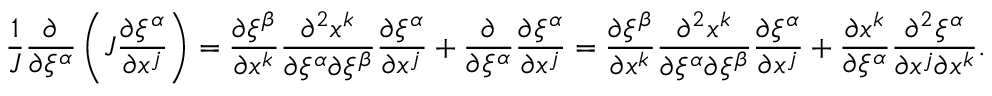
\frac { 1 } { J } \frac { \partial } { \partial \xi ^ { \alpha } } \left( J \frac { \partial \xi ^ { \alpha } } { \partial x ^ { j } } \right) = \frac { \partial \xi ^ { \beta } } { \partial x ^ { k } } \frac { \partial ^ { 2 } x ^ { k } } { \partial \xi ^ { \alpha } \partial \xi ^ { \beta } } \frac { \partial \xi ^ { \alpha } } { \partial x ^ { j } } + \frac { \partial } { \partial \xi ^ { \alpha } } \frac { \partial \xi ^ { \alpha } } { \partial x ^ { j } } = \frac { \partial \xi ^ { \beta } } { \partial x ^ { k } } \frac { \partial ^ { 2 } x ^ { k } } { \partial \xi ^ { \alpha } \partial \xi ^ { \beta } } \frac { \partial \xi ^ { \alpha } } { \partial x ^ { j } } + \frac { \partial x ^ { k } } { \partial \xi ^ { \alpha } } \frac { \partial ^ { 2 } \xi ^ { \alpha } } { \partial x ^ { j } \partial x ^ { k } } .